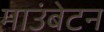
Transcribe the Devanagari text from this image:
माउंबेटन